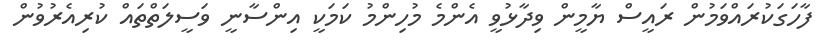
ފާހަގަކުރައްވަމުން ރައީސް ޔާމީން ވިދާޅުވީ އެންމެ މުހިންމު ކަމަކީ އިންސާނީ ވަސީލަތްތައް ކުރިއެރުވުން